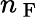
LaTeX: n_{\mathrm{~F~}}